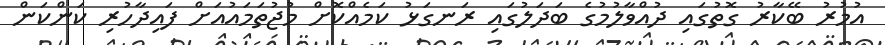
އުމުރު ބޭކާރު ގޮތުގައި ދުއްވާލުމުގެ ބަދަލުގައި ރަނގަޅު ކަމެއްކޮށް މުޖުތަމައުއަށް ފައިދާހުރި ކަންކަން